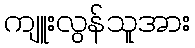
ကျူးလွန်သူအား